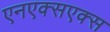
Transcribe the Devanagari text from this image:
एनएक्सएक्स